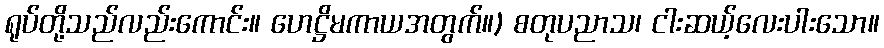
ရုပ်တို့သည်လည်းကောင်း။ ဟေဋ္ဌိမကာယအတွက်။) စတုပညာသ၊ ငါးဆယ့်လေးပါးသော။